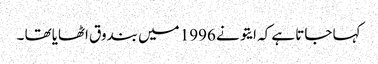
کہا جاتا ہے کہ ایتو نے 1996 میں بندوق اٹھایاتھا ۔